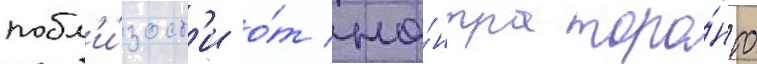
побл'и́зост'и о́т це́нтра торо́нто